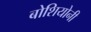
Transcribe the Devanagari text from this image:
बोशियोनी